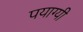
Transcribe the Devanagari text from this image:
पयाग्यी